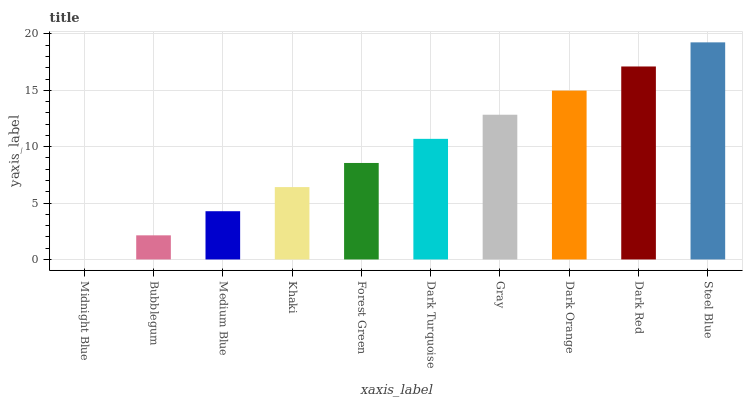
| xaxis_label | bars |
 | --- | --- |
 | Midnight Blue | 0 |
 | Bubblegum | 2.14 |
 | Medium Blue | 4.28 |
 | Khaki | 6.42 |
 | Forest Green | 8.56 |
 | Dark Turquoise | 10.7 |
 | Gray | 12.8 |
 | Dark Orange | 15 |
 | Dark Red | 17.1 |
 | Steel Blue | 19.3 |